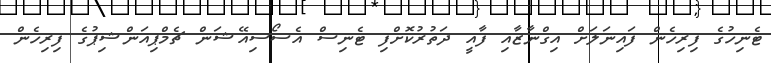
ޓެނިހުގެ ފިރިހެން ފައިނަލަށް އިގްނާޒާއި ފާއީ ދަތުރުކޮށްފި ޓެނިސް އެސޯސިއޭޝަން ޗެމްޕިއަންޝިޕުގެ ފިރިހެން